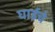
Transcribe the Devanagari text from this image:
घाईचे